[Report on the health of British troops in the Madras command]
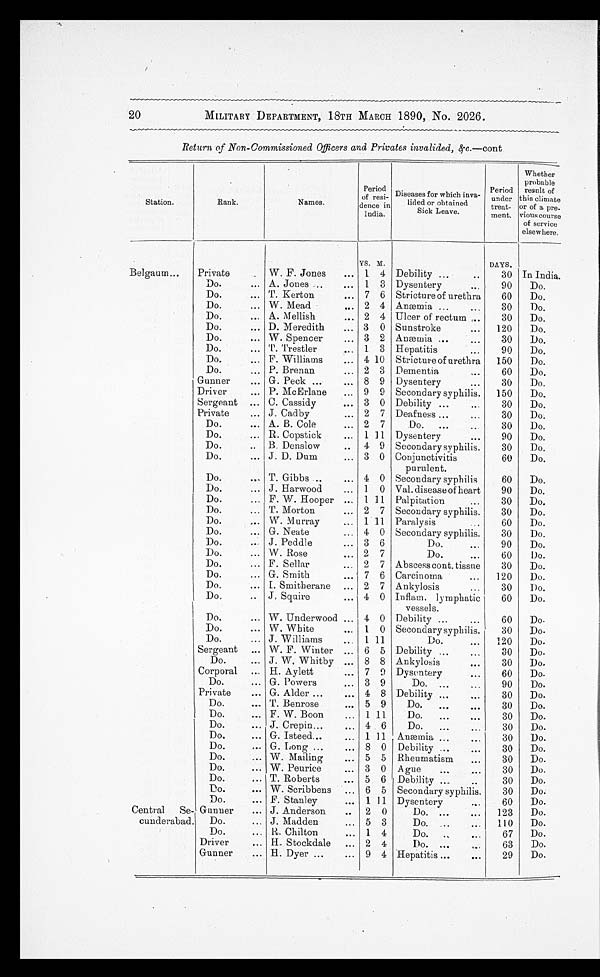
20
MILITARY DEPARTMENT, 18TH MARCH 1890, No. 2026.
Return of Non-Commissioned Officers and Privates invalided, &c.—cont
Station.
Rank.
Names.
Period
of resi-
deuce in
India.
Diseases for which inva-
lided or obtained
Sick Leave.
Period
under
treat-
meat.
Whether
probable
result of
this climate
or of a pre
-
vious course
of service
elsewhere.
YS. M.
DAYS.
Belgaum
Private
W. F. Jones
1 4 Debility
30 In India.
Do.
A. Jones
1
3 Dysentery
90
Do.
Do.
T. Kerton
7 6 Stricture of urethra
60
Do.
Do.
W. Mead
2 4 Anæmia
30
Do.
Do.
A. Mellish
2 4 Ulcer of rectum
30
Do.
Do.
D. Meredith
3 0 Sunstroke
120
Do.
Do.
W. Spencer
3 2 Anæmia
30
Do.
Do.
T Trestler
1 3 Hepatitis
90
Do.
Do.
F Williams
4 10 Stricture of urethra
150
Do.
Do.
P. Brenan
2 3 Dementia
60
Do.
Gunner
G. Peck
8 9 Dysentery
30
Do.
Driver
P. McErlane
9 9 Secondary syphilis.
150
Do.
Sergeant
C. Cassidy
3 0 Debility
30
Do.
Private
J. Cadby
2 7 Deafness
30
Do.
Do.
A. B. Cole
2 7
Do.
30
Do.
Do.
R. Copstick
1 11 Dysentery
90
Do.
Do.
B. Denslow
4 9 Secondary syphilis.
30
D o ,
Do.
J. D. Dum
3 0 Conjunctivitis
purulent.
60
Do.
Do.
T. Gibbs
4 0 Secondary syphilis
60
Do.
Do.
J. Harwood
1 0 Val. disease of heart
90
Do.
Do.
F. W. Hooper
1 11 Palpitation
30
Do.
Do.
T. Morton
2 7 Secondary syphilis.
30
Do.
Do.
W. Murray
1 11 Paralysis
60
Do.
Do.
G. Neate
4 0 Secondary syphilis.
30
Do.
Do.
J. Peddle
3
6
Do.
90
Do.
Do.
W. Rose
2 7
Do.
60
Do.
Do.
F. Sellar
2 7 Abscess cont. tissue
30
Do.
Do.
G. Smith
7 6 Carcinoma
120
Do.
Do.
I. Smitherane
2 7 Ankylosis
30
Do.
Do.
J. Squire
4 0 Inflam. lymphatic
vessels.
60
Do.
Do.
W. Underwood
4 0 Debility
60
Do.
Do.
W. White
1 0 Secondary syphilis.
30
Do.
Do.
J. Williams
1 11
Do.
120
Do.
Sergeant
W. F. Winter
6 5 Debility
30
Do.
Do.
J. W. Whitby
8 8 Ankylosis
30
Do.
Corporal
H. Aylett
7 9 Dysentery
60
Do.
Do.
G. Powers
3 9
Do.
90
Do.
Private
G. Alder
4 8 Debility
30
Do.
Do.
T. Benrose
5 9
Do.
30
Do.
Do.
F. W. Boon
1 11
Do.
30
Do.
Do.
J. Crepin
4 6
Do.
30
Do.
Do.
G. Isteed
1 11 Anæmia
30
Do.
Do.
G. Long
8 0 Debility
30
Do.
Do.
W. Mailing
5 5 Rheumatism
30
Do.
Do.
W. Peurice
3 0 Ague
30
Do.
Do.
T. Roberts
5 6 Debility
30
Do.
Do.
W. Scribbens
6 5 Secondary syphilis.
30
D o .
Do.
F. Stanley
1 11 Dysentery
60
Do.
Central
Se-
cunderabad.
Gunner
J. Anderson
2 0
Do.
123
Do.
Do.
J. Madden
5 3
Do.
110
Do.
Do.
R. Chilton
1 4
Do.
67
Do.
Driver
H. Stockdale
2 4
Do.
63
Do.
Gunner
H. Dyer
9 4 Hepatitis
29
Do.